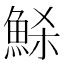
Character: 𩶼